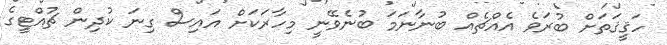
ހަޤީޤަތަށް ބުރަވެ އެއްޗެއް ބުނާނަމަ ބުނެވޭނީ މިހާރަކަށް އައިސް ގިނަ ކުދިން ޗުއްޓީގެ